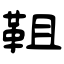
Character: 靻